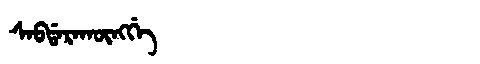
Manchu: ᠰᠠᠪᡩᠠᡵᠠᡴᡡᠩᡤᡝ
Romanization: SABDARAKŪNGGE